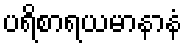
ပရိစာရယမာနာနံ